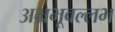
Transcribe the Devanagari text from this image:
अभ्रभूवल्लभ